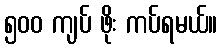
၅၀၀ ကျပ် ဖိုး ကပ်ရမယ်။